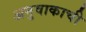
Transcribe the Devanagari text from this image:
अनुवाकाची